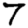
Digit: 7